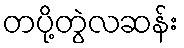
တပို့တွဲလဆန်း